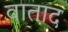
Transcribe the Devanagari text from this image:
वाताद